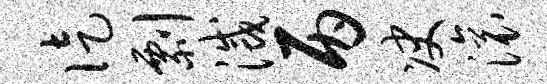
徒剽灭丙决滚